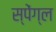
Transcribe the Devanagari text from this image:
स्पेंग्ल